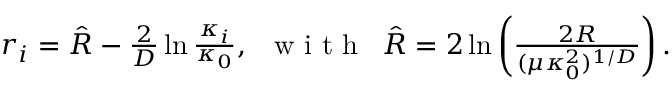
\begin{array} { r } { r _ { i } = \hat { R } - \frac { 2 } { D } \ln \frac { \kappa _ { i } } { \kappa _ { 0 } } , \, \, \, \mathrm { ~ w ~ i ~ t ~ h ~ } \, \, \, \hat { R } = 2 \ln \left( \frac { 2 R } { ( \mu \kappa _ { 0 } ^ { 2 } ) ^ { 1 / D } } \right) . } \end{array}